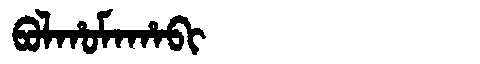
Manchu: ᠪᠣᠯᡥᠣᠮᠠᡥᠠᠪᡳ
Romanization: BOLHOMAHABI